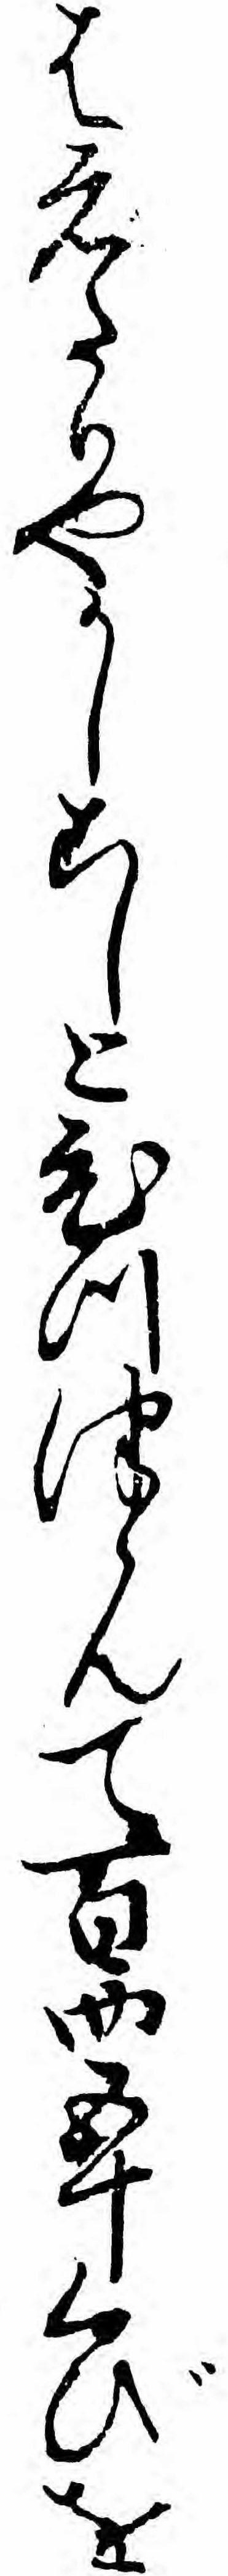
はえたりやかしこしとひつつかんて百四五十くびを